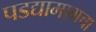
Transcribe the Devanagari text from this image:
पडद्यामागचा